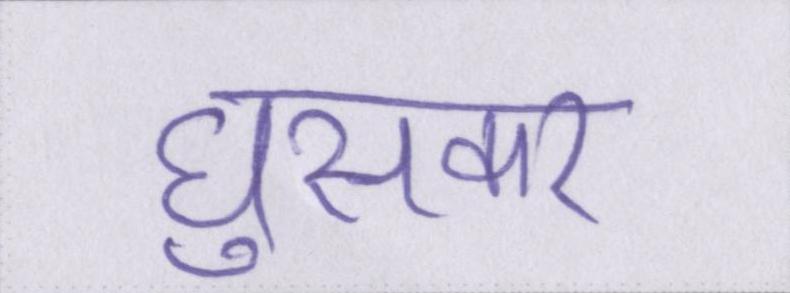
घुसकर